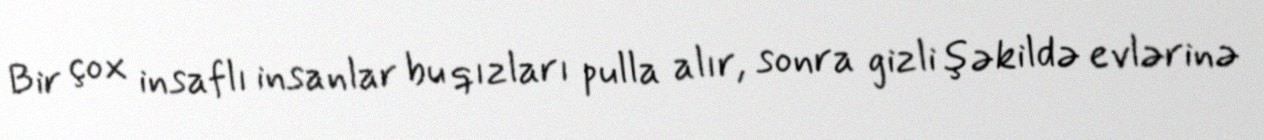
Bir çox insaflı insanlar bu qızları pulla alır, sonra gizli şəkildə evlərinə